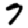
Digit: 7